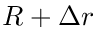
R + \Delta r